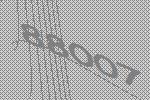
88007